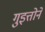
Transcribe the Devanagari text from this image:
गुइत्तोने